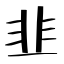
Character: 韭